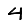
Digit: 4